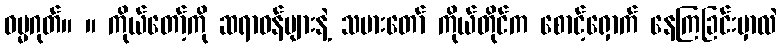
ဓမ္မဂုတ်။ ။ ကိုယ်တော့်ကို ဆရာဝန်များနဲ့ သမားတော် ကိုယ်တိုင်က စောင့်ရှောက် နေကြခြင်းမှာလဲ